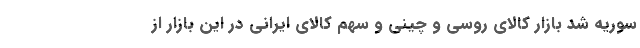
سوریه شد بازار کالای روسی و چینی و سهم کالای ایرانی در این بازار از